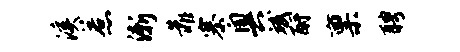
溪惹渐靠寨奥斌酹禀聘